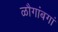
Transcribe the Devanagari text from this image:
ळौगांबगां